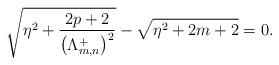
LaTeX: \begin{align*}\sqrt{\eta^2+\frac{2p+2}{\left(\Lambda_{m,n}^{+}\right)^2}}-\sqrt{\eta^2+2m+2}=0.\end{align*}